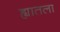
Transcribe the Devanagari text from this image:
ह्यातला